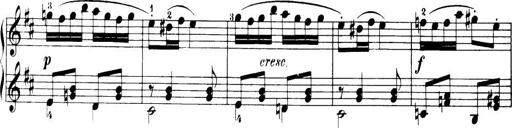
Title: 32 Sonatinas and Rondos for the Piano
Composer: Richard Kleinmichel